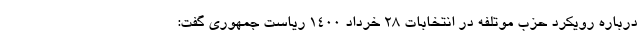
درباره رویکرد حزب موتلفه در انتخابات ۲۸ خرداد ۱۴۰۰ ریاست جمهوری گفت: